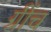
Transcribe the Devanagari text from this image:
ग्रींच